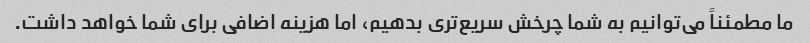
ما مطمئناً می‌توانیم به شما چرخش سریع‌تری بدهیم، اما هزینه اضافی برای شما خواهد داشت.